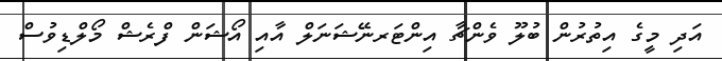
އަދި މީގެ އިތުރުން ބުލޫ ވެންޗާ އިންޓަރނޭޝަނަލް އާއި އޯޝަން ފްރެޝް މޯލްޑިވުސް